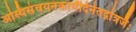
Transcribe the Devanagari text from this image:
अस्थिसंचयनंकार्यंदिनेतद्गोत्रजैः